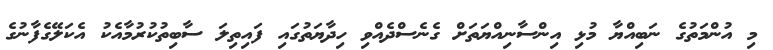
މި އުންމަތުގެ ނަބިއްޔާ މުޅި އިންސާނިއްޔަތަށް ގެނެސްދެއްވި ހިދާޔަތުގައި ފައިތިލަ ސާބިތުކުރުމާއެކު އެކަލޭގެފާނުގެ